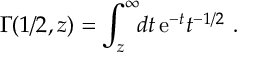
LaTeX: { \mit \Gamma } ( 1 / 2 , z ) = \int _ { z } ^ { \infty } \! \! d t \, { \mathrm e } ^ { - t } t ^ { - 1 / 2 } \ .